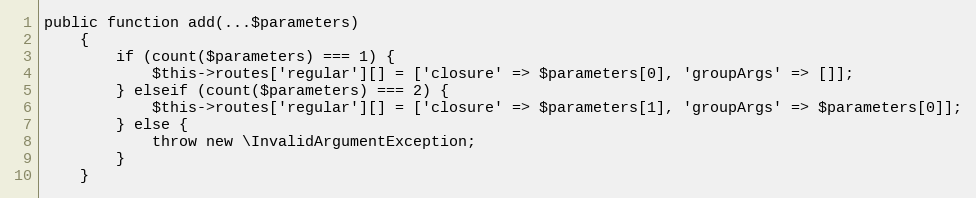
Language: PHP
public function add(...$parameters)
    {
        if (count($parameters) === 1) {
            $this->routes['regular'][] = ['closure' => $parameters[0], 'groupArgs' => []];
        } elseif (count($parameters) === 2) {
            $this->routes['regular'][] = ['closure' => $parameters[1], 'groupArgs' => $parameters[0]];
        } else {
            throw new \InvalidArgumentException;
        }
    }